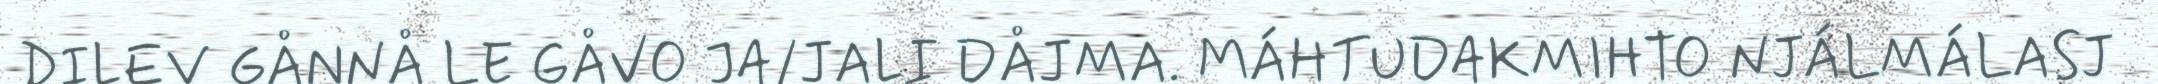
DILEV GÅNNÅ LE GÅVO JA/JALI DÅJMA. MÁHTUDAKMIHTO NJÁLMÁLASJ